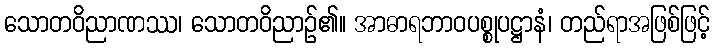
သောတဝိညာဏဿ၊ သောတဝိညာဉ်၏။ အာဓာရဘာဝပစ္စုပဋ္ဌာနံ၊ တည်ရာအဖြစ်ဖြင့်